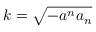
k = \sqrt { - a ^ { n } a _ { n } }